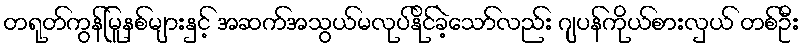
တရုတ်ကွန်မြူနစ်များနှင့် အဆက်အသွယ်မလုပ်နိုင်ခဲ့သော်လည်း ဂျပန်ကိုယ်စားလှယ် တစ်ဦး